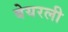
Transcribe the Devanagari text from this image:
बेयरली